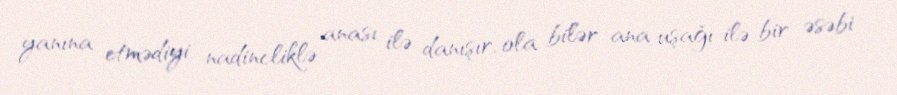
yanına etmədiyi nadincliklə anası ilə danışır, ola bilər ana uşağı ilə bir əsəbi